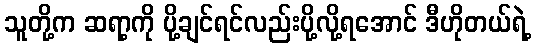
သူတို့က ဆရာ့ကို ပို့ချင်ရင်လည်းပို့လို့ရအောင် ဒီဟိုတယ်ရဲ့